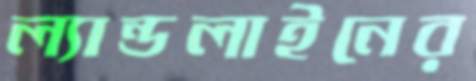
ল্যান্ডলাইনের